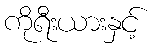
ကိုရီးယားနှင့်